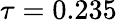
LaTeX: \tau=0.235